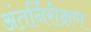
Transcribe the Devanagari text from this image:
अंतर्निरीक्षण